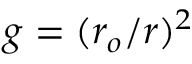
g = ( r _ { o } / r ) ^ { 2 }